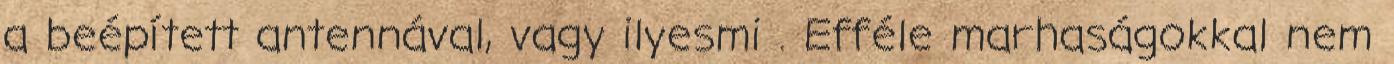
a beépített antennával, vagy ilyesmi . Efféle marhaságokkal nem